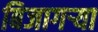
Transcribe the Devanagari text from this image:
बिजागऱ्या